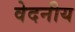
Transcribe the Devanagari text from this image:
वेदनीय